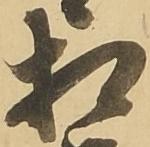
相